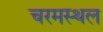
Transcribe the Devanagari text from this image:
चरमस्थल